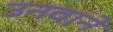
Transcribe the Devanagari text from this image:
उनवाने